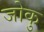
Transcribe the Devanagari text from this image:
जोकु